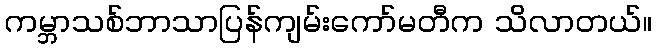
ကမ္ဘာသစ်ဘာသာပြန်ကျမ်းကော်မတီက သိလာတယ်။